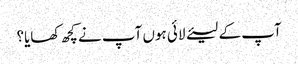
آپ کے لیئے لائی ہوں آپ نے کچھ کھایا؟